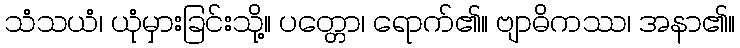
သံသယံ၊ ယုံမှားခြင်းသို့။ ပတ္တော၊ ရောက်၏။ ဗျာဓိကဿ၊ အနာ၏။